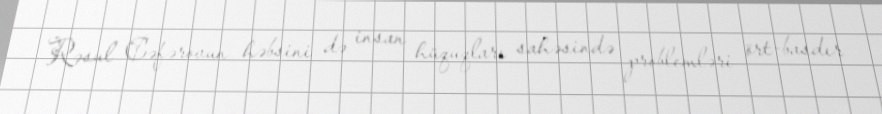
Rəsul Cəfərovun həbsini də insan hüquqları sahəsində problemləri ört-basdır